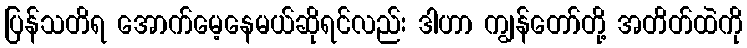
ပြန်သတိရ အောက်မေ့နေမယ်ဆိုရင်လည်း ဒါဟာ ကျွန်တော်တို့ အတိတ်ထဲကို